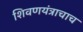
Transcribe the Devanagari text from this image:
शिवणयंत्राचाच